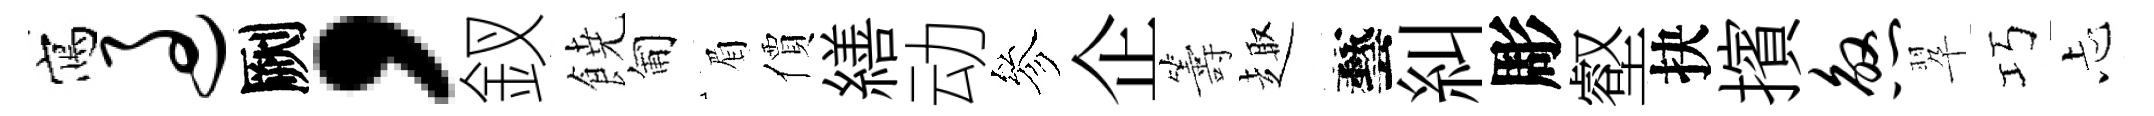
寫过劂，釵𩜙匍眉價繕动參企籌趣藝糾彫壑抉擯煞翆巧忐